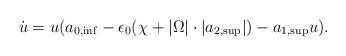
LaTeX: \begin{align*}\dot u=u(a_{0,\inf}-\epsilon_0(\chi+|\Omega|\cdot |a_{2,\sup}|)-a_{1,\sup} u).\end{align*}